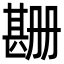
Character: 𬎲